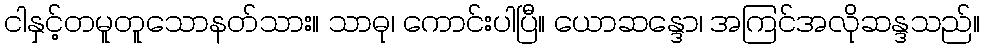
ငါနှင့်တမူတူသောနတ်သား။ သာဓု၊ ကောင်းပါပြီ။ ယောဆန္ဒော၊ အကြင်အလိုဆန္ဒသည်။